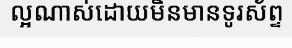
ល្អណាស់ដោយមិនមានទូរស័ព្ទ